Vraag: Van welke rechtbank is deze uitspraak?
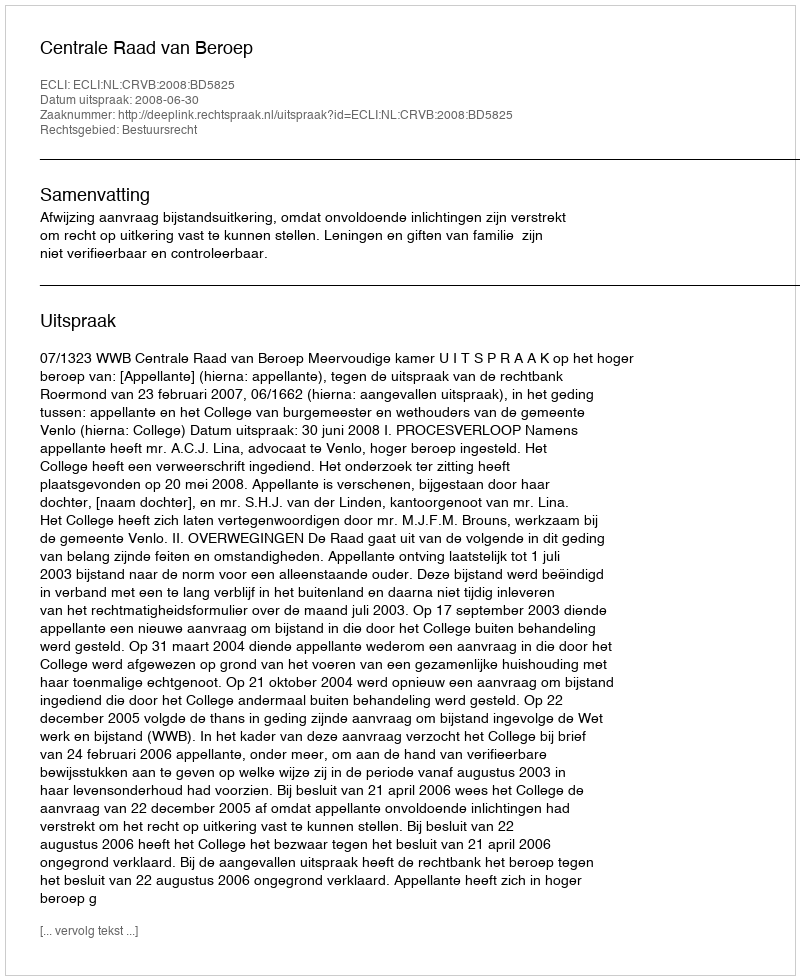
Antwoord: Centrale Raad van Beroep